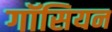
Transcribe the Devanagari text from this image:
गॉसियन